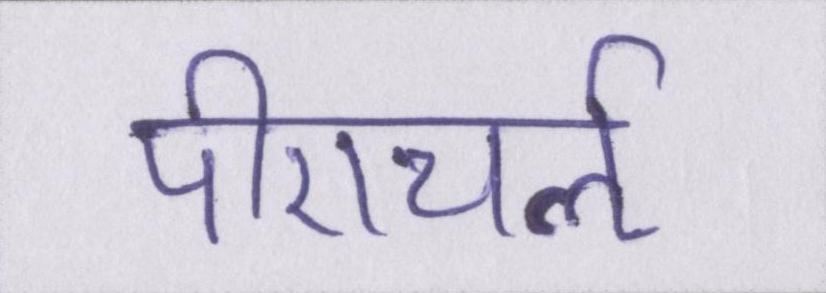
पीएचर्ऌ